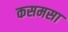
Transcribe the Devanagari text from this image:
कसमसा